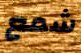
شمع